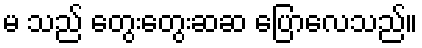
မ သည် တွေးတွေးဆဆ ပြောလေသည်။